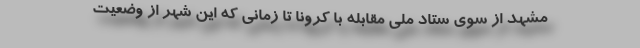
مشهد از سوی ستاد ملی مقابله با کرونا تا زمانی که این شهر از وضعیت